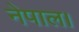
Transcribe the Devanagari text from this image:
नेपाल।